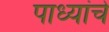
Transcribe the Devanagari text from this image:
पाध्यांचे